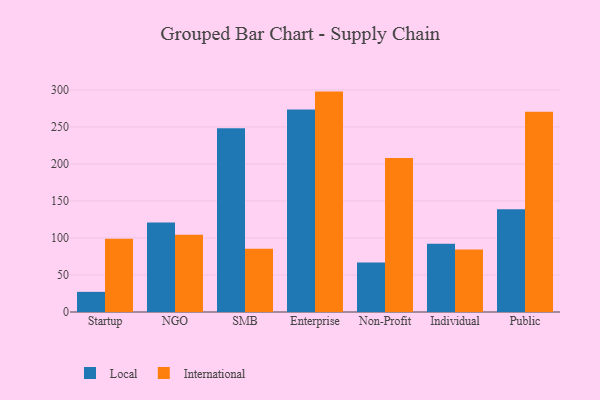
{"axis": {"x": "Segment", "y": "Satisfaction Score"}, "legend": ["International", "Local"], "data": [{"x": "Startup", "y": 27.2, "type": "Local"}, {"x": "Startup", "y": 98.8, "type": "International"}, {"x": "NGO", "y": 120.9, "type": "Local"}, {"x": "NGO", "y": 104.5, "type": "International"}, {"x": "SMB", "y": 248.1, "type": "Local"}, {"x": "SMB", "y": 85.6, "type": "International"}, {"x": "Enterprise", "y": 273.5, "type": "Local"}, {"x": "Enterprise", "y": 297.7, "type": "International"}, {"x": "Non-Profit", "y": 66.9, "type": "Local"}, {"x": "Non-Profit", "y": 208.0, "type": "International"}, {"x": "Individual", "y": 92.1, "type": "Local"}, {"x": "Individual", "y": 84.3, "type": "International"}, {"x": "Public", "y": 138.8, "type": "Local"}, {"x": "Public", "y": 270.6, "type": "International"}]}